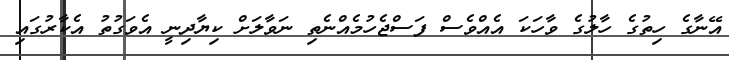
އޭނާގެ ހިތުގެ ހާލުގެ ވާހަކަ އެއްވެސް ފަސްޖެހުމެއްނެތި ނަވާލަށް ކިޔާދިނީ އެވަގުތު އެކާރުގައި